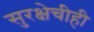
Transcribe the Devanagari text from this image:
सुरक्षेचीही